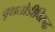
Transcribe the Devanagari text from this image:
वृक्षतोडीविरुद्ध